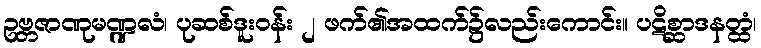
ဥဗ္ဘဇာဏုမဏ္ဍလံ၊ ပုဆစ်ဒူးဝန်း ၂ ဖက်၏အထက်၌လည်းကောင်း။ ပဋိစ္ဆာဒနတ္ထံ၊